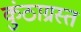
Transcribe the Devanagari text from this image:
कुंठाग्रस्त